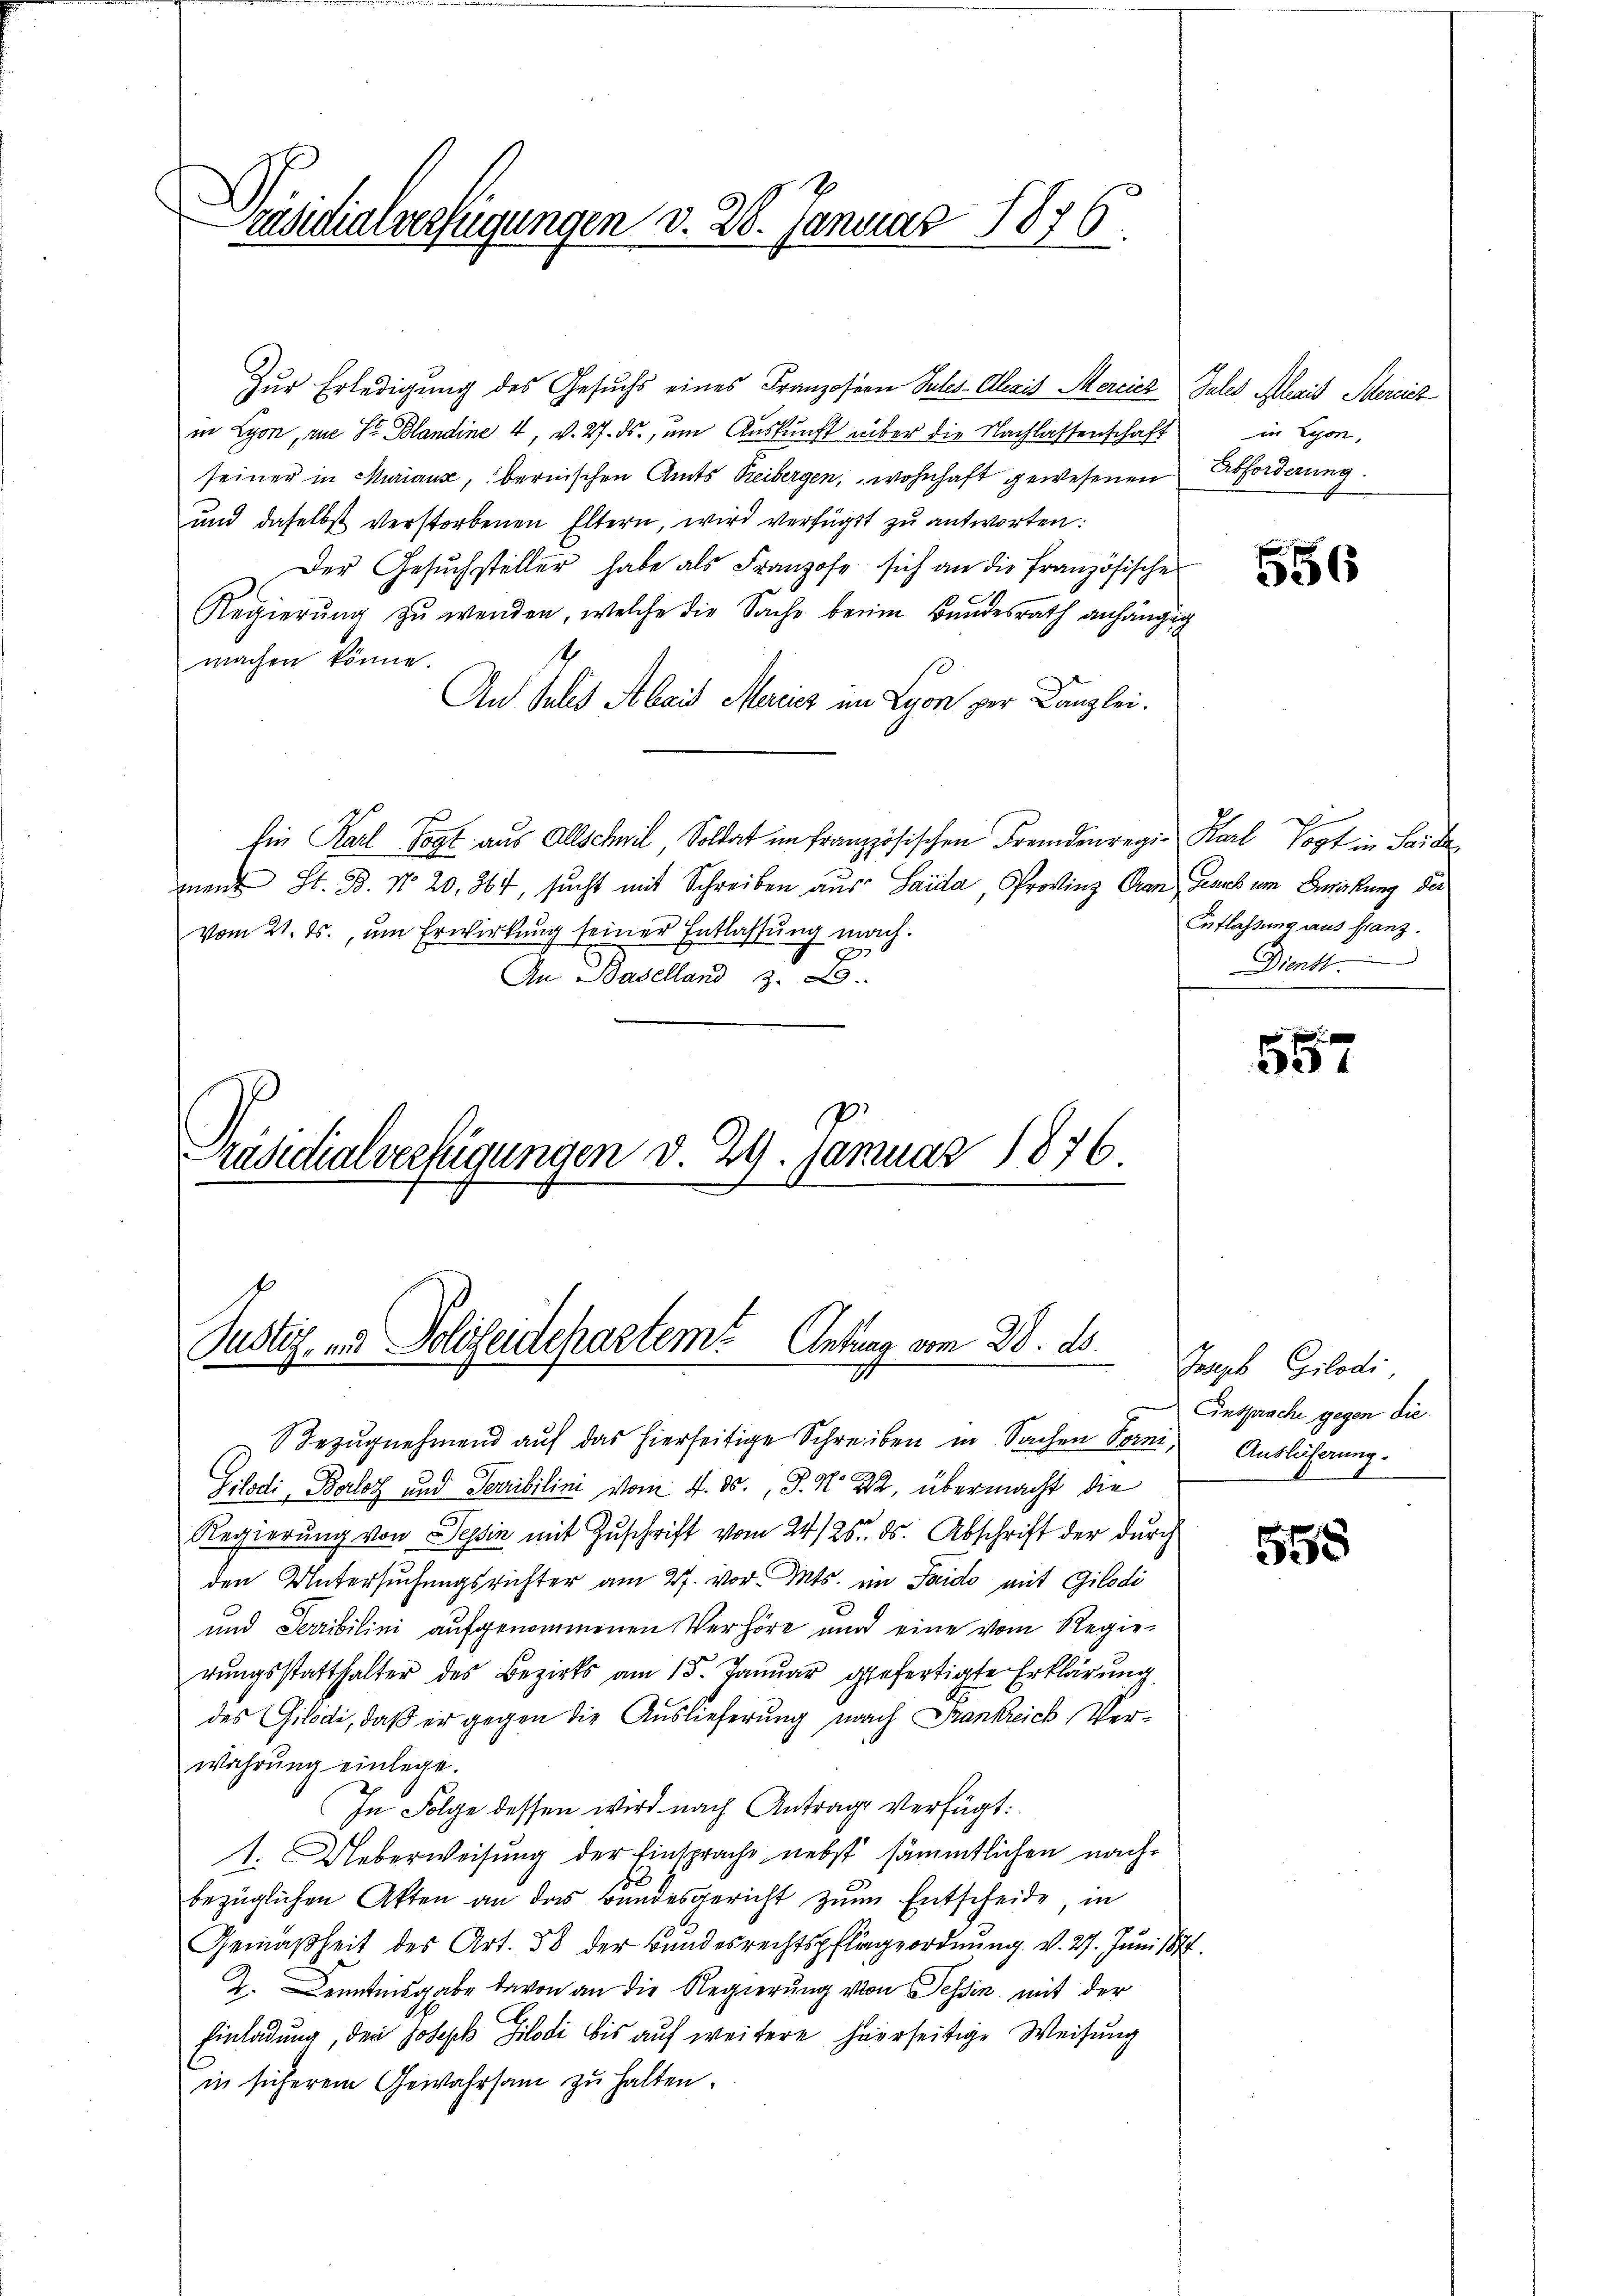
räsidialverfügungen d. 28. Januar 1876

Zur Erledigung des Gesuchs eines Franzosen Tales-Olezis Mercicz Jules Alexis Herrich
in Lyon, wie St. Blandine 4, v. 27. ds., um Auskunft über die Nachlassenschaft
seiner in Muriaux, bernischen Amts Treibergen, wohnhaft gewesenen Abforderung.
und daselbst verstorbenen Eltern, wird verfügt zu antworten:
Der Gesuchsteller habe als Franzose sich an die Französischer
Regierŭng zŭ wenden, welche die Sache beim Bundesrath anhängig
1
machen könne.
An Julis Abris Moricz im Lyon zur Kanzlei.
Ein Karl Vogt aus Allschwil, Soldat im Französischen Fremdenregi- Karl Vogt in Seide
mnent St. B. No 20. 364, sucht mit Schreiben aus Laida, Provinz Gran glaub im Berückung der
vom 21. ds., um Erwirkung seiner Entlassung mach.
An Baselland B
Präsidialverfügungen d. 29. Januar 1876.

Pustiz, u. Polizeidepartem Antrag vom 28. ds.

Bezŭgnehmend auf das hierseitige Schreiben in Sachen Vorne, Auslieferung
Gilodi, Barlot und Sevibilini vom 4. ds., S. Nr. 22, übermacht die
Regierung von Tessin mit Zuschrift vom 24./25. ds. Abschrift der durch
den Untersuchungsrichter am 27. vor. Mts. im Saido mit Gilodi
und Serrbilini aufgenommenen Verhöre und eine vom Regierungsstatthalter des Bezirks am 15. Januar gefertigte Erklärung
des Gilodi, daß er gegen die Auslieferung nach Frankreich Verwahrung einlege.
In Folge dessen wird nach Antrage verfügt:
1. Ueberweisung der Einsprache nebst sämmtlichen nachbezüglichen Akten an das Bundesgericht zum Entscheide, in
Gemäßheit des Art. 58 der Bundesrechtspflegeordnung. v. 27. Juni 184
Z. Kenntnisgabe davon an die Regierung von Tessin, mit der
Einladung, den Joseph Gilodi bis auf weitere hierseitige Weisung
in sicherem Gewahrsam zu halten.

in Lyon,

556

Auflassung aus Franz.
Dienst.

557

Taupb Gilodi
Einsprache gegen die

558